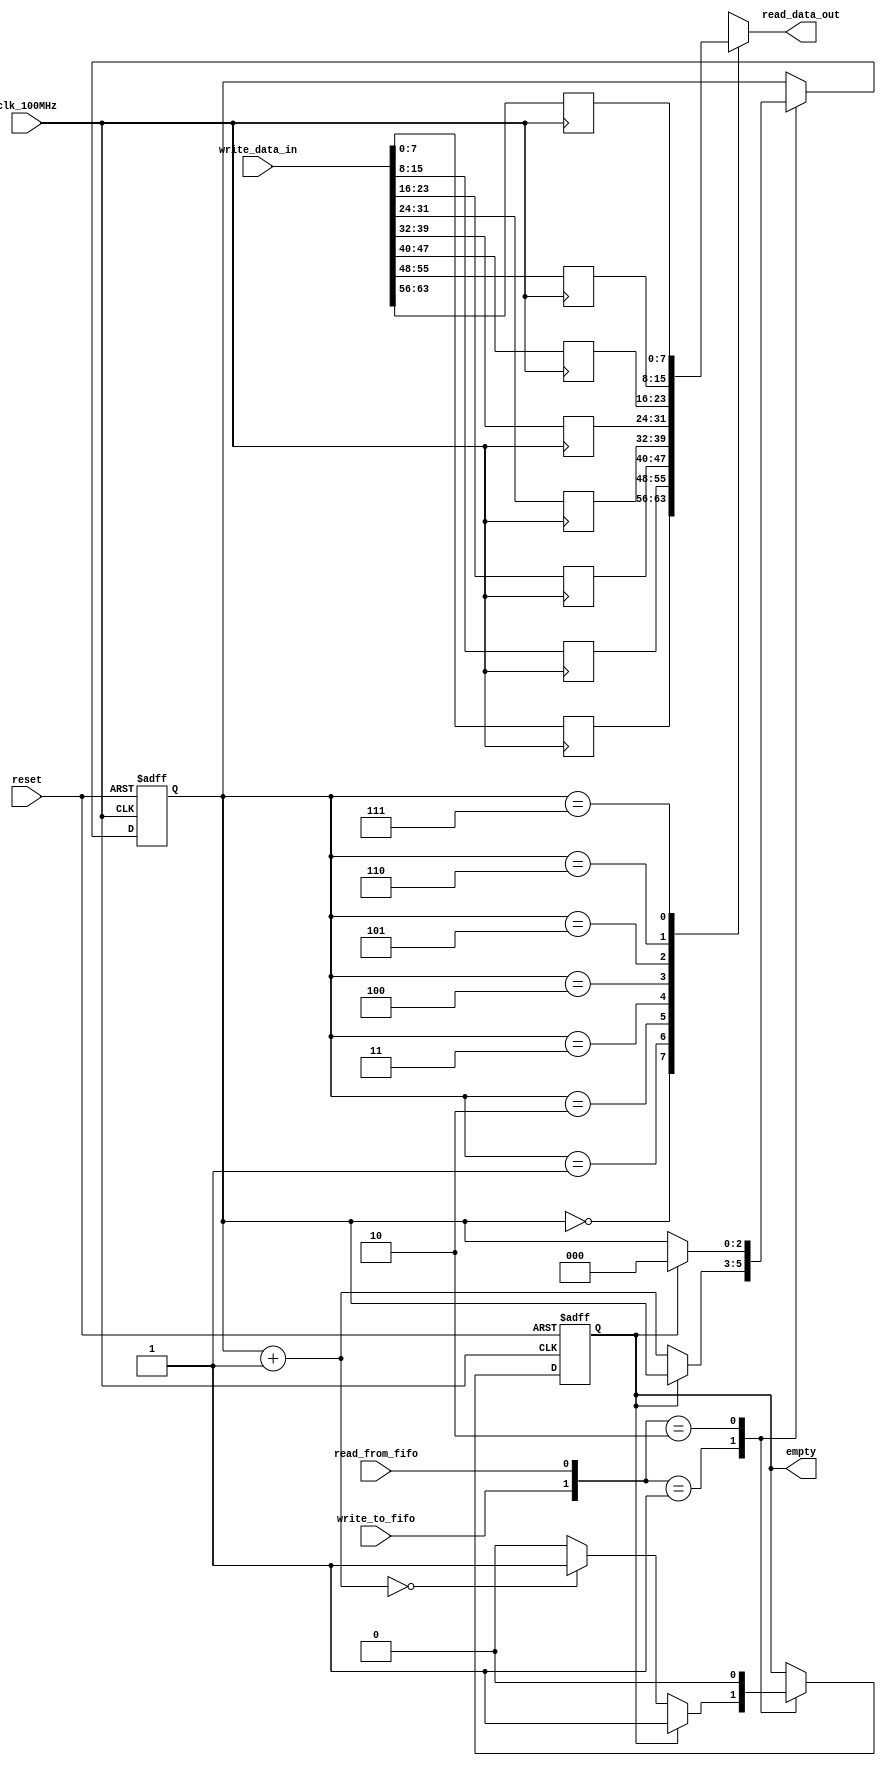
`timescale 1ns / 1ps

module larger_fifo
	#(
	   parameter	DATA_SIZE 	   = 8,	       // number of bits in a data word
			ADDR_SPACE_EXP = 3	       // number of address bits (2^3 = 8 addresses)
	)
	(
	   input clk_100MHz,                              // FPGA clock           
	   input reset,                            // reset button
	   input write_to_fifo,                    // signal start writing to FIFO
	   input read_from_fifo,                   // signal start reading from FIFO
	   input [DATA_SIZE*(2**ADDR_SPACE_EXP)-1:0] write_data_in,    // data word into FIFO (howevr many bits of encrypted)
	   output [DATA_SIZE-1:0] read_data_out,   // data word out of FIFO (one ascii character at a time)
	   output empty                           // FIFO is empty (no read)
);

	// signal declaration
	reg [DATA_SIZE-1:0] memory [2**ADDR_SPACE_EXP-1:0];		// memory array register
	reg [ADDR_SPACE_EXP-1:0] current_read_addr, current_read_addr_buff, next_read_addr; //varaibles to shift through the memory array when reading
	reg fifo_full, fifo_empty, full_buff, empty_buff;      //keep track of the status of full/empty
	
	
	//NOTE: WHENEVER SOMETHING IS EDITED, THE BUFFER IS EDITED AND THEN THE ACTUAL VALUE IS UPDATED IN AN ALWAYS BLOCK
	
	// register file (memory) is now the data_in
	//IF DATA_SIZE IS CHANGED, THIS HAS TO BE HARDCODED TO WORK WITH NEW DATA
    always @(posedge clk_100MHz) begin
        memory[0] = write_data_in[7:0];
        memory[1] = write_data_in[15:8];
        memory[2] = write_data_in[23:16];
        memory[3] = write_data_in[31:24];
        memory[4] = write_data_in[39:32];
        memory[5] = write_data_in[47:40];
        memory[6] = write_data_in[55:48];
        memory[7] = write_data_in[63:56];
    end		
    
	// register file (memory) read operation, one ascii character at current address
	assign read_data_out = memory[current_read_addr];
	
	// FIFO control logic
	// register logic
	always @(posedge clk_100MHz or posedge reset)
		if(reset) begin
				 //reset means back to first address when reading, no longer empty, now full
			current_read_addr 	<= 0;
			fifo_full 			<= 1'b0;
			fifo_empty 			<= 1'b1;       
		end
		else begin
				//set the current address, full status, empty status to the status in the buffer
			current_read_addr   <= current_read_addr_buff;
			fifo_full  			<= full_buff;
			fifo_empty 			<= empty_buff;
		end

	// next state logic for read and write address pointers
	always @* begin
		// successive pointer values
		next_read_addr  = current_read_addr + 1;
		
		// default: keep old values, make sure buff is same as actual
		current_read_addr_buff  = current_read_addr;
		full_buff  = fifo_full;
		empty_buff = fifo_empty;
		
		// Button press logic
		case({write_to_fifo, read_from_fifo})     // check both buttons
			// 2'b00: neither buttons pressed, do nothing
			// 2'b11: both buttons pressed, do nothing
			
			2'b01:	// read button pressed?
				if(~fifo_empty) begin   // FIFO not empty
					current_read_addr_buff = next_read_addr;   //if read then move to next address
					full_buff = 1'b0;   // after read, FIFO not full anymore
					if(next_read_addr == 0)    //if the next address is 0, that means current address is max meaning the fifo is full
						empty_buff = 1'b1;    //buffer is now "empty" since everything has been read
				end
			
			2'b10:	// write button pressed?
				if(fifo_empty) begin	// FIFO empty
					empty_buff = 1'b0;  // after write, FIFO not empty anymore
					full_buff = 1'b1;   //now fifo full
					current_read_addr_buff = 0;    //functional restart since once the data is written, we can read from 0 up
					                               //reading allowed again since full
				end
		endcase			
	end

	// output
	assign empty = fifo_empty;

endmodule